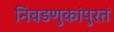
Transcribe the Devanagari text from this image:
निवडणुकांपुरतं